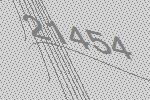
21454